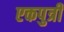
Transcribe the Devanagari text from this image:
एकपुत्री